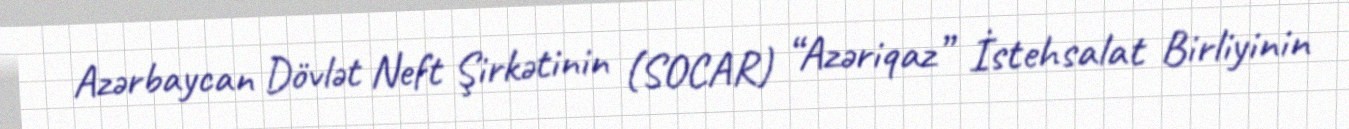
Azərbaycan Dövlət Neft Şirkətinin (SOCAR) “Azəriqaz” İstehsalat Birliyinin